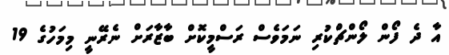
އާ ދެ ފޯން ލޯންޗްކުރި ނަމަވެސް ރަސްމީކޮށް ބާޒާރަށް ނެރޭނީ މިމަހުގެ 19